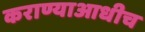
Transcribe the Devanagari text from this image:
कराण्याआधीच